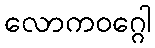
လောကဝဂ္ဂေါ